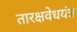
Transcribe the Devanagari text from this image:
तारक्षवेधयंत्र